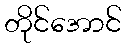
တိုင်အောင်